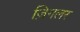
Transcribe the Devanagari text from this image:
ज़िगलर